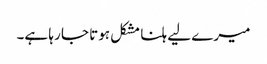
میرے لیے ہلنا مشکل ہوتا جا رہا ہے۔